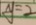
y = 2